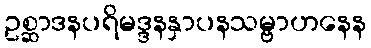
ဥစ္ဆာဒနပရိမဒ္ဒနနှာပနသမ္ဗာဟနေန